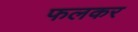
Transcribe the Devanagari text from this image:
फलकर